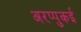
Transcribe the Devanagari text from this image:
अरप्पुकई